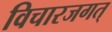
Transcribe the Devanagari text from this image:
विचारजगत्‌